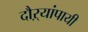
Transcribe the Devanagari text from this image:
दौऱ्यांपायी